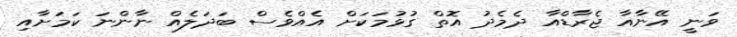
ވަނީ އޭނާއާ ޖެރާޑްއާ ދެމެދު އޮތް ގުޅުމަކަށް އެއްވެސް ބަދަލެއް ނާންނަ ކަމަށާއި